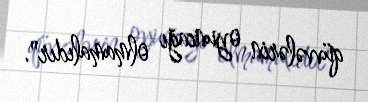
qüvvələrin oyuncağı olmamalıdır".